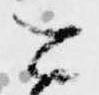
こ